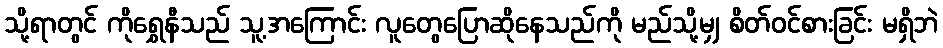
သို့ရာတွင် ကိုရွှေနီသည် သူ့အကြောင်း လူတွေပြောဆိုနေသည်ကို မည်သို့မျှ စိတ်ဝင်စားခြင်း မရှိဘဲ